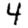
Digit: 4